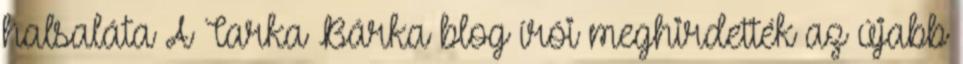
halsaláta A Tarka Bárka blog írói meghirdették az újabb